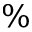
\%